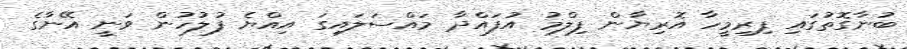
ބުނާގޮތުގައި ފިރިމީހާ އޮރިޔާން ފިލްމު އުފައްދާ މައްސަލައިގަ އިއްޔެ ފުލުހުން ވަނީ އޭނާގެ